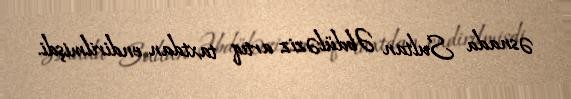
əsnada Sultan Əbdüləziz artıq taxtdan endirilmişdi.